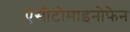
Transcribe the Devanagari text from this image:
एसीटोमाइनोफेन